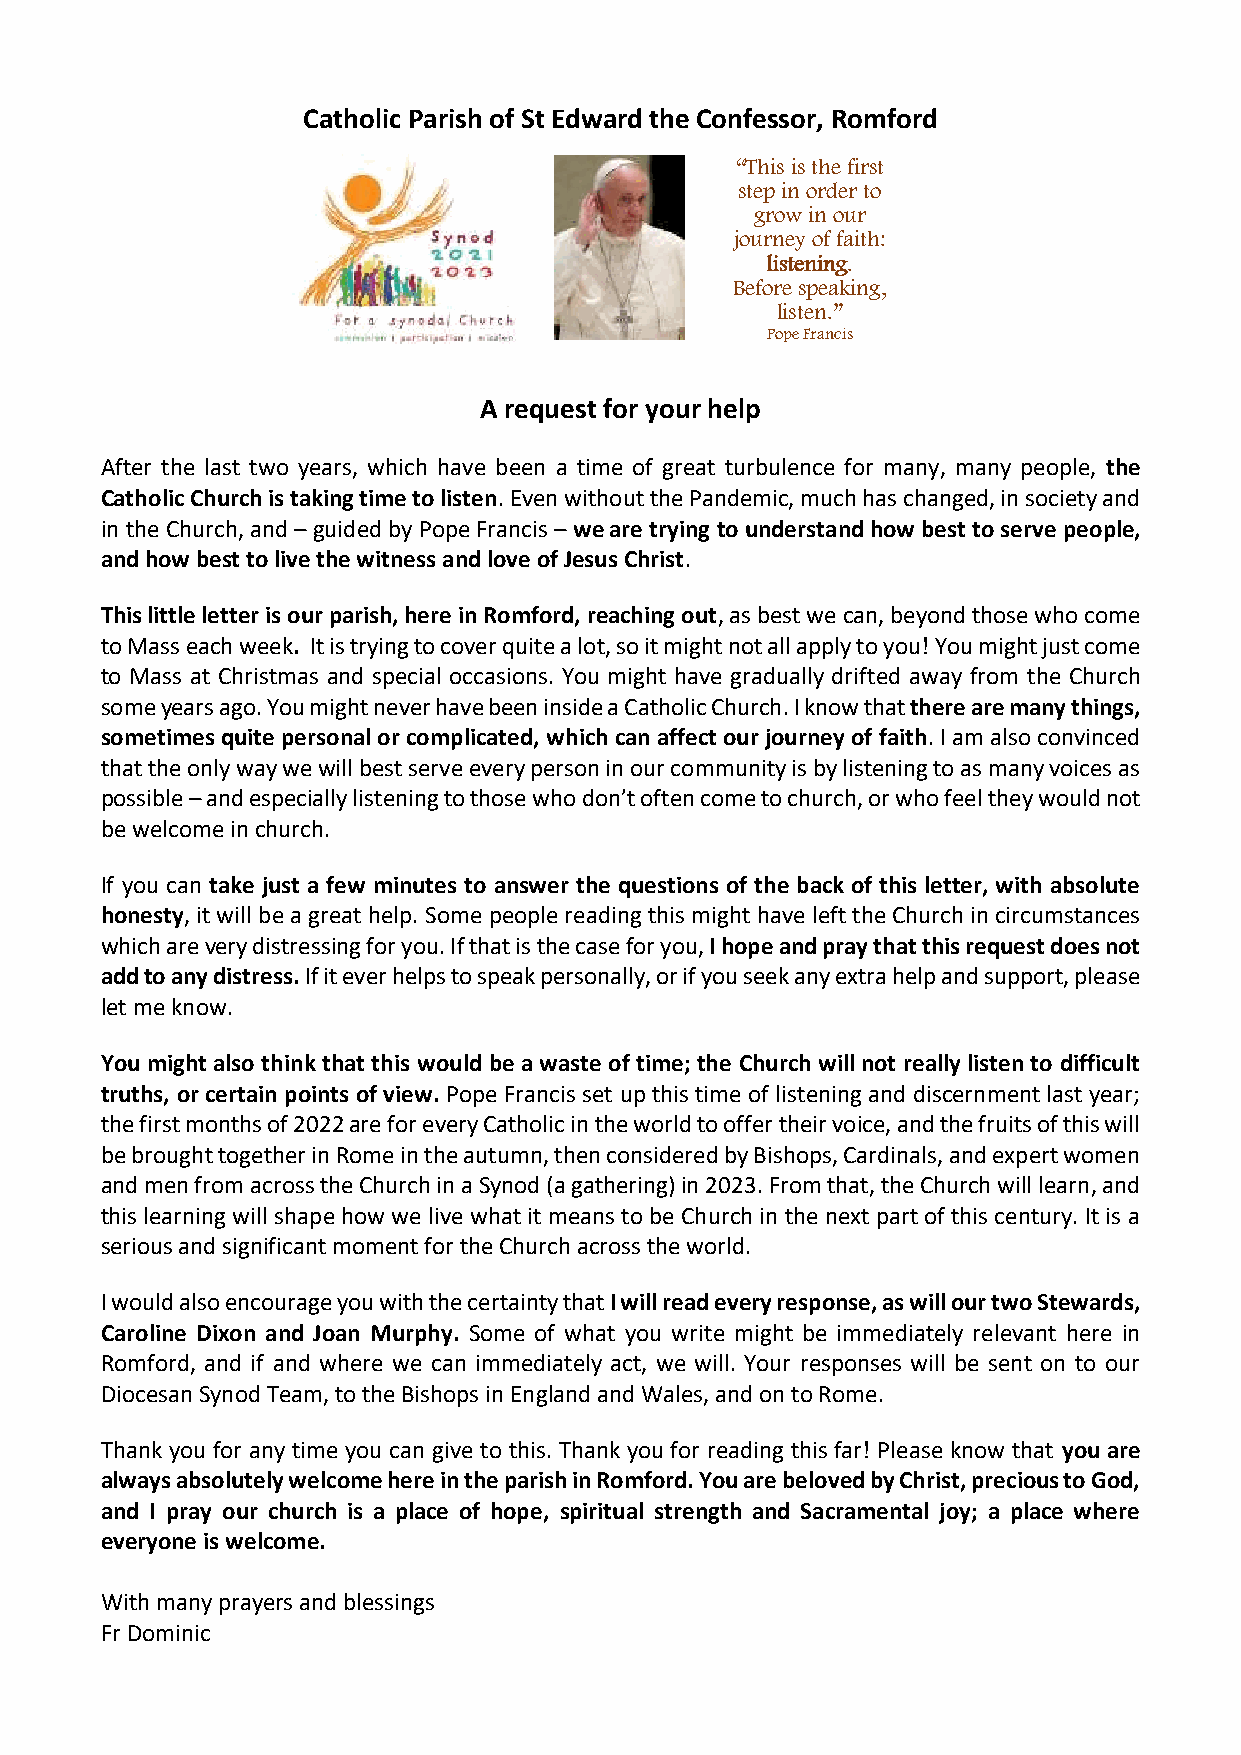
Catholic Parish of St Edward the Confessor, Romford
 “This is the first
 step in order to
 grow in our
 journey of faith:
 listening.
 Before speaking,
 listen.”
 Pope Francis
 A request for your help
 After the last two years, which have been a time of great turbulence for many, many people, the
 Catholic Church is taking time to listen. Even without the Pandemic, much has changed, in society and
 in the Church, and – guided by Pope Francis – we are trying to understand how best to serve people,
 and how best to live the witness and love of Jesus Christ.
 This little letter is our parish, here in Romford, reaching out, as best we can, beyond those who come
 to Mass each week. It is trying to cover quite a lot, so it might not all apply to you! You might just come
 to Mass at Christmas and special occasions. You might have gradually drifted away from the Church
 some years ago. You might never have been inside a Catholic Church. I know that there are many things,
 sometimes quite personal or complicated, which can affect our journey of faith. I am also convinced
 that the only way we will best serve every person in our community is by listening to as many voices as
 possible – and especially listening to those who don’t often come to church, or who feel they would not
 be welcome in church.
 If you can take just a few minutes to answer the questions of the back of this letter, with absolute
 honesty, it will be a great help. Some people reading this might have left the Church in circumstances
 which are very distressing for you. If that is the case for you, I hope and pray that this request does not
 add to any distress. If it ever helps to speak personally, or if you seek any extra help and support, please
 let me know.
 You might also think that this would be a waste of time; the Church will not really listen to difficult
 truths, or certain points of view. Pope Francis set up this time of listening and discernment last year;
 the first months of 2022 are for every Catholic in the world to offer their voice, and the fruits of this will
 be brought together in Rome in the autumn, then considered by Bishops, Cardinals, and expert women
 and men from across the Church in a Synod (a gathering) in 2023. From that, the Church will learn, and
 this learning will shape how we live what it means to be Church in the next part of this century. It is a
 serious and significant moment for the Church across the world.
 I would also encourage you with the certainty that I will read every response, as will our two Stewards,
 Caroline Dixon and Joan Murphy. Some of what you write might be immediately relevant here in
 Romford, and if and where we can immediately act, we will. Your responses will be sent on to our
 Diocesan Synod Team, to the Bishops in England and Wales, and on to Rome.
 Thank you for any time you can give to this. Thank you for reading this far! Please know that you are
 always absolutely welcome here in the parish in Romford. You are beloved by Christ, precious to God,
 and I pray our church is a place of hope, spiritual strength and Sacramental joy; a place where
 everyone is welcome.
 With many prayers and blessings
 Fr Dominic